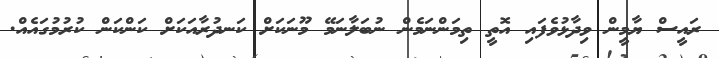
ރައީސް ޔާމީން ވިދާޅުވެފައި އޮތީ ތިމަންނަމެން ނުބަލާނަމޭ މޫނަކަށް ކަނދުރާއަކަށް ކަންކަން ކުރުމުގައެއް.